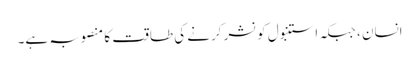
انسان ، جبکہ استنبول کو نشر کرنے کی طاقت کا منصوبہ ہے۔